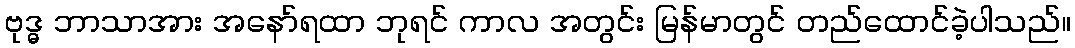
ဗုဒ္ဓ ဘာသာအား အနော်ရထာ ဘုရင် ကာလ အတွင်း မြန်မာတွင် တည်ထောင်ခဲ့ပါသည်။